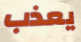
يعذب